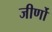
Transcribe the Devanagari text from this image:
जीर्णो